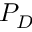
P _ { D }